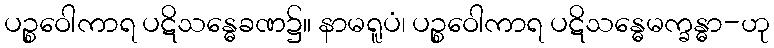
ပဉ္စဝေါကာရ ပဋိသန္ဓေခဏ၌။ နာမရူပံ၊ ပဉ္စဝေါကာရ ပဋိသန္ဓေမက္ခန္ဓာ-ဟု